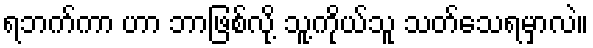
ရဘက်ကာ ဟာ ဘာဖြစ်လို့ သူ့ကိုယ်သူ သတ်သေရမှာလဲ။